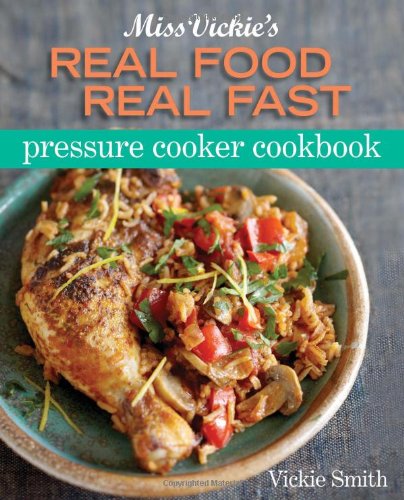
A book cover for Miss Vickie's Real Food Real Fast Pressure Cooker Cookbook; Vickie Smith; Cookbooks, Food & Wine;